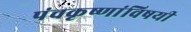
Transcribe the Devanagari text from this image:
पंचकृष्णांविषयी